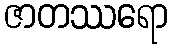
ဇာတဿရော